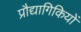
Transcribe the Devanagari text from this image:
प्रौद्यागिकियों